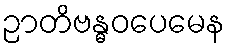
ဉာတိဗန္ဓဝပေမေန